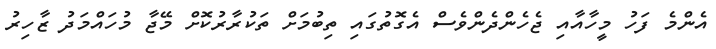
އެންމެ ފަހު މީހާއާއި ޖެހެންދެންވެސް އެގޮތުގައި ތިބުމަށް ތަކުރާރުކޮށް މޭޖާ މުހައްމަދު ޒާހިރު